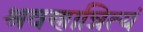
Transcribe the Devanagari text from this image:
श्रवणान्नित्यं